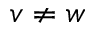
v \neq w